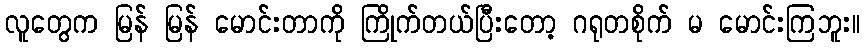
လူတွေက မြန် မြန် မောင်းတာကို ကြိုက်တယ်ပြီးတော့ ဂရုတစိုက် မ မောင်းကြဘူး။